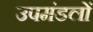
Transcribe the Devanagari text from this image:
उपमंडलों